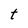
Character: t